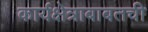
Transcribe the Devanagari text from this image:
कार्यक्षेत्राबाबतची